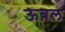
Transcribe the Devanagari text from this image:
ऊबल